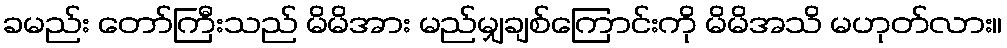
ခမည်း တော်ကြီးသည် မိမိအား မည်မျှချစ်ကြောင်းကို မိမိအသိ မဟုတ်လား။